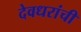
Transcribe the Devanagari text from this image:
देवधरांची